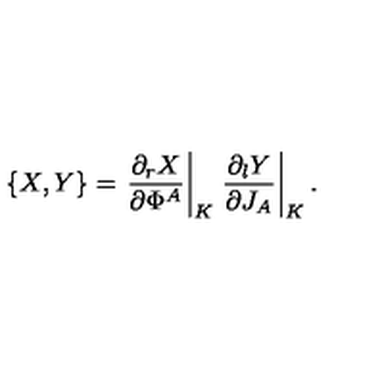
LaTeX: \{ X , Y \} = \left. { \frac { \partial _ { r } X } { \partial \Phi ^ { A } } } \right| _ { K } \left. { \frac { \partial _ { l } Y } { \partial J _ { A } } } \right| _ { K } .